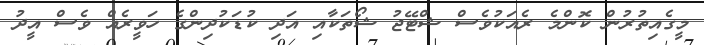
މީގެއިތުރުން ކޮންމެ ރެއަކުވެސް ޝްޓޭޖު ޝޯތަކާއި އަދި ކުޑަކުދިންގެ ހަވީރެއް ވެސް އީދު